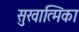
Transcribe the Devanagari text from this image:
सुखात्मिका